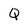
Character: Q